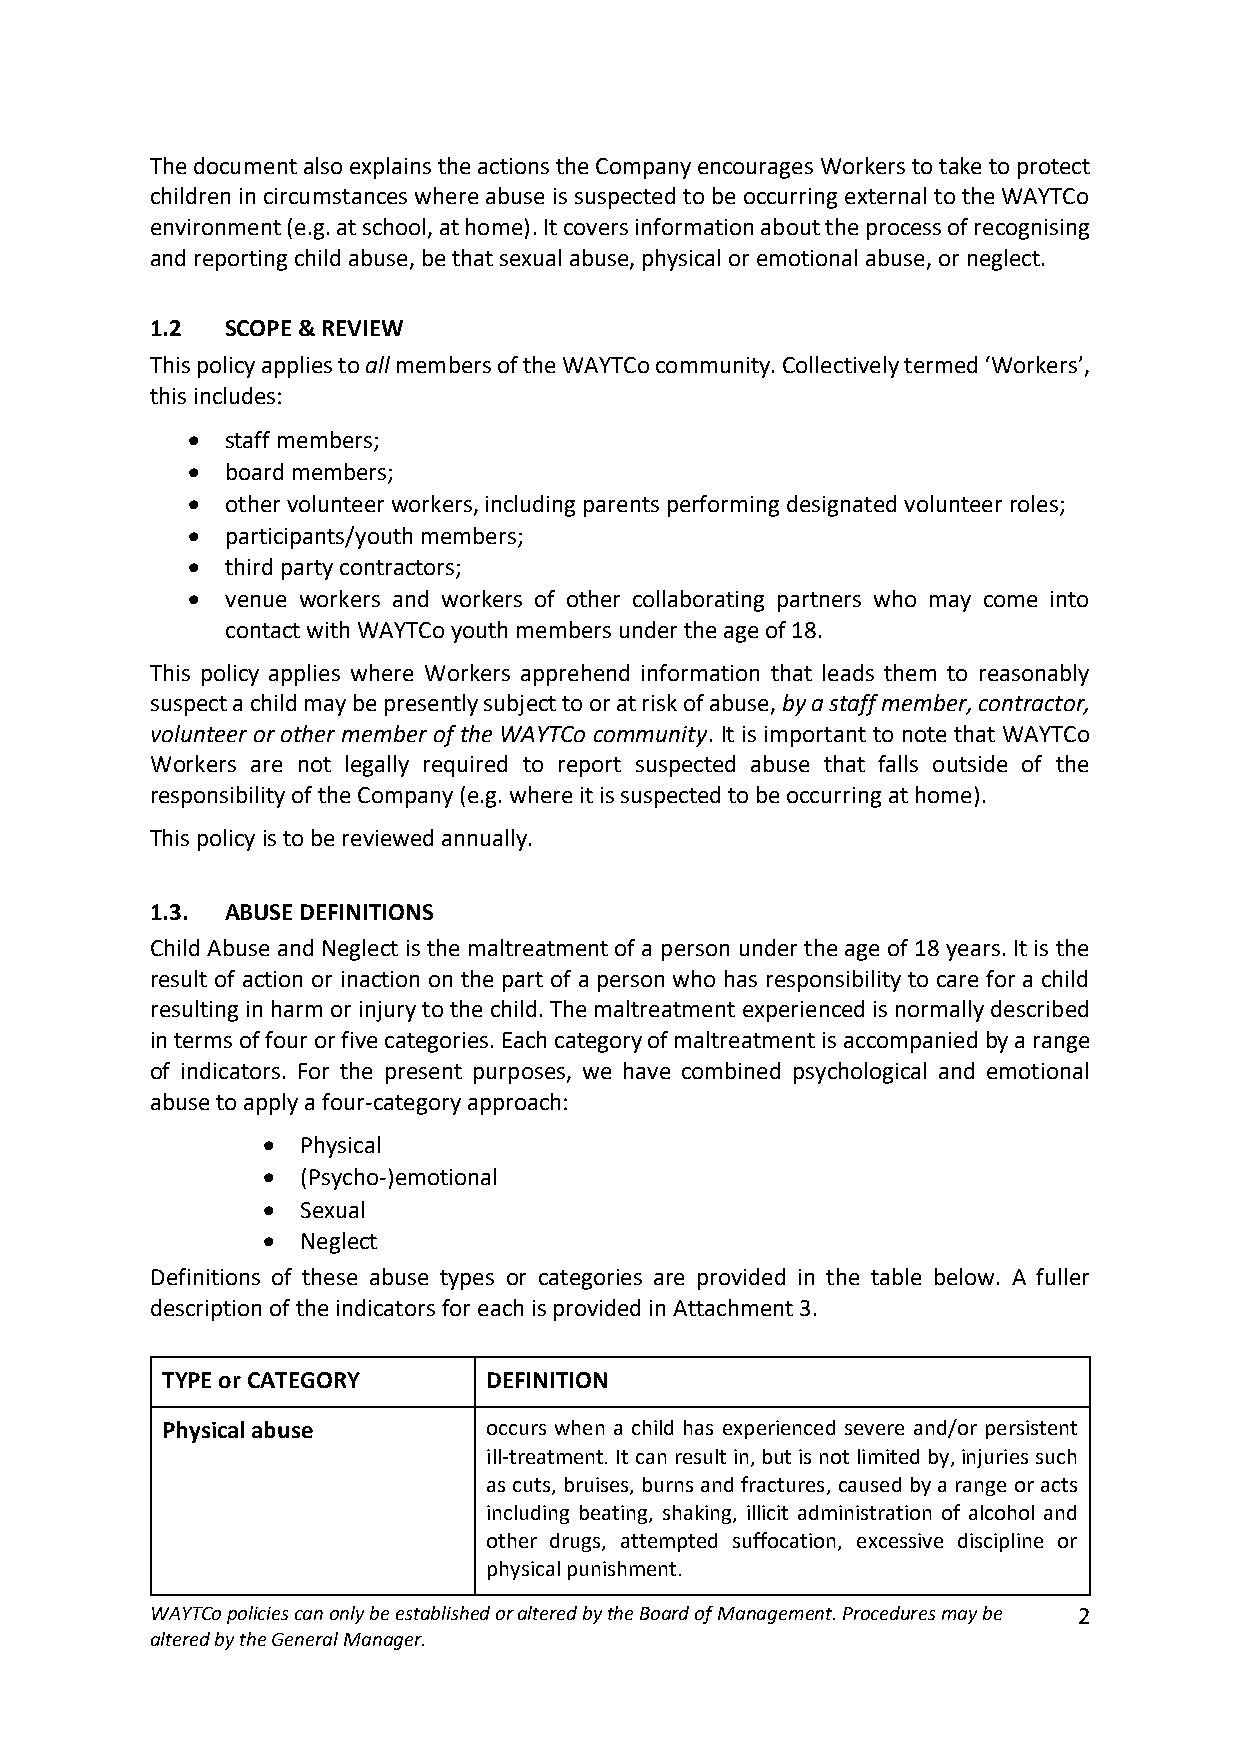
The document also explains the actions the Company encourages Workers to take to protect
 children in circumstances where abuse is suspected to be occurring external to the WAYTCo
 environment (e.g. at school, at home). It covers information about the process of recognising
 and reporting child abuse, be that sexual abuse, physical or emotional abuse, or neglect.
 1.2  SCOPE & REVIEW
 This policy applies to all members of the WAYTCo community. Collectively termed ‘Workers’,
 this includes:
 •  staff members;
 •  board members;
 •  other volunteer workers, including parents performing designated volunteer roles;
 •  participants/youth members;
 •  third party contractors;
 •  venue workers and workers of other collaborating partners who may come into
 contact with WAYTCo youth members under the age of 18.
 This policy applies where Workers apprehend information that leads them to reasonably
 suspect a child may be presently subject to or at risk of abuse, by a staff member, contractor,
 volunteer or other member of the WAYTCo community. It is important to note that WAYTCo
 Workers are not legally required to report suspected abuse that falls outside of the
 responsibility of the Company (e.g. where it is suspected to be occurring at home).
 This policy is to be reviewed annually.
 1.3. ABUSE DEFINITIONS
 Child Abuse and Neglect is the maltreatment of a person under the age of 18 years. It is the
 result of action or inaction on the part of a person who has responsibility to care for a child
 resulting in harm or injury to the child. The maltreatment experienced is normally described
 in terms of four or five categories. Each category of maltreatment is accompanied by a range
 of indicators. For the present purposes, we have combined psychological and emotional
 abuse to apply a four-category approach:
 •  Physical
 •  (Psycho-)emotional
 •  Sexual
 •  Neglect
 Definitions of these abuse types or categories are provided in the table below. A fuller
 description of the indicators for each is provided in Attachment 3.
 TYPE or CATEGORY     DEFINITION
 Physical abuse       occurs when a child has experienced severe and/or persistent
 ill‐treatment. It can result in, but is not limited by, injuries such
 as cuts, bruises, burns and fractures, caused by a range or acts
 including beating, shaking, illicit administration of alcohol and
 other drugs, attempted suffocation, excessive discipline or
 physical punishment.
 WAYTCo policies can only be established or altered by the Board of Management. Procedures may be 2
 altered by the General Manager.